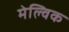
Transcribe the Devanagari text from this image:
मेल्विक